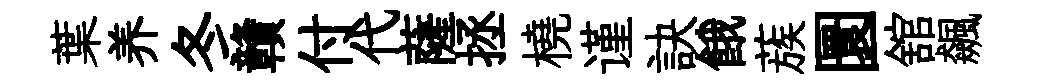
葉养冬贛付代薩拯橈谨訣餓蔟圜舘飆